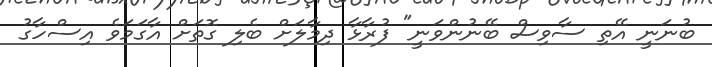
ބުނަނީ އޭތި ސާވިސް ބޭނުންވަނީ" ފުރާޅާ ދިމާލަށް ބެލި ގޮތަށް އާގަމަވެ އިސްހާގު